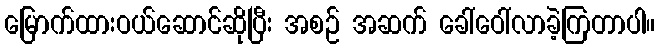
မြောက်ထားဝယ်ဆောင်ဆိုပြီး အစဉ် အဆက် ခေါ်ဝေါ်လာခဲ့ကြတာပါ။